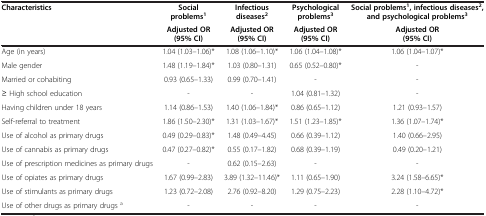
| <ROWSPAN=2> Characteristics | Social problems1 | Infectious diseases2 | Psychological problems3 | Social problems1, infectious diseases2, and psychological problems3 |
 | Adjusted OR (95% CI) | Adjusted OR (95% CI) | Adjusted OR (95% CI) | Adjusted OR (95% CI) |
 | --- | --- | --- | --- | --- |
 | Age (in years) | 1.04 (1.03–1.06)* | 1.08 (1.06–1.10)* | 1.06 (1.04–1.08)* | 1.06 (1.04–1.07)* |
 | Male gender | 1.48 (1.19–1.84)* | 1.03 (0.80–1.31) | 0.65 (0.52–0.80)* | - |
 | Married or cohabiting | 0.93 (0.65–1.33) | 0.99 (0.70–1.41) | - | - |
 | ≥ High school education | - | - | 1.04 (0.81–1.32) | - |
 | Having children under 18 years | 1.14 (0.86–1.53) | 1.40 (1.06–1.84)* | 0.86 (0.65–1.12) | 1.21 (0.93–1.57) |
 | Self-referral to treatment | 1.86 (1.50–2.30)* | 1.31 (1.03–1.67)* | 1.51 (1.23–1.85)* | 1.36 (1.07–1.74)* |
 | Use of alcohol as primary drugs | 0.49 (0.29–0.83)* | 1.48 (0.49–4.45) | 0.66 (0.39–1.12) | 1.40 (0.66–2.95) |
 | Use of cannabis as primary drugs | 0.47 (0.27–0.82)* | 0.55 (0.17–1.82) | 0.68 (0.39–1.19) | 0.49 (0.20–1.21) |
 | Use of prescription medicines as primary drugs | - | 0.62 (0.15–2.63) | - | - |
 | Use of opiates as primary drugs | 1.67 (0.99–2.83) | 3.89 (1.32–11.46)* | 1.11 (0.65–1.90) | 3.24 (1.58–6.65)* |
 | Use of stimulants as primary drugs | 1.23 (0.72–2.08) | 2.76 (0.92–8.20) | 1.29 (0.75–2.23) | 2.28 (1.10–4.72)* |
 | Use of other drugs as primary drugs a | - | - | - | - |